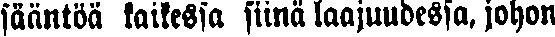
sääntöä kaikessa siinä laajuudessa, johon